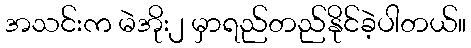
အသင်းက မဲအိုး၂ မှာရည်တည်နိုင်ခဲ့ပါတယ်။